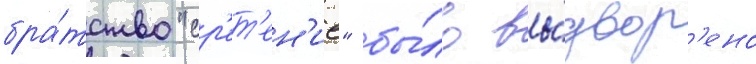
бра́тство "ср'ет'ен'ие" бы́ло вы́двор'ено